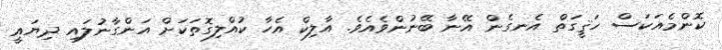
ކޮންމެއަކަސް ހަޤީގަތް އެނގެން އޭނާ ބޭނުންވެއެވެ. އާލިކް އެހާ ކުއްލިގޮތަކަށް އަންގާނުލައި ދިޔައީ